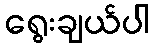
ရွေးချယ်ပါ